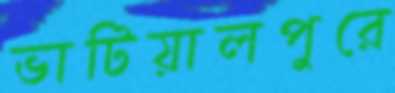
ভাটিয়ালপুরে